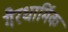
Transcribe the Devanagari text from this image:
गैरधार्मिक